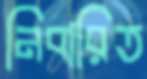
নিবারিত